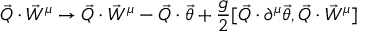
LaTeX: \vec { Q } \cdot \vec { W } ^ { \mu } \rightarrow \vec { Q } \cdot \vec { W } ^ { \mu } - \vec { Q } \cdot \vec { \theta } + \frac { g } { 2 } [ \vec { Q } \cdot \partial ^ { \mu } \vec { \theta } , \vec { Q } \cdot { \vec { W } } ^ { \mu } ]